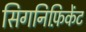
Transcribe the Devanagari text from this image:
सिगनिफ़िकेंट